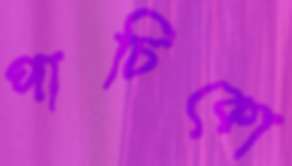
পাচিকো